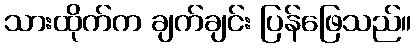
သားထိုက်က ချက်ချင်း ပြန်ဖြေသည်။